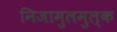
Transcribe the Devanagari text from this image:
निजामुलमुल्क